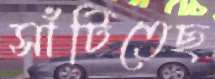
সাঁটিতেছ